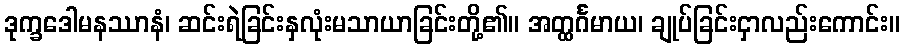
ဒုက္ခဒေါမနဿာနံ၊ ဆင်းရဲခြင်းနှလုံးမသာယာခြင်းတို့၏။ အတ္ထင်္ဂမာယ၊ ချုပ်ခြင်းငှာလည်းကောင်း။